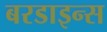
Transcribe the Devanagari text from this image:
बरडाइन्स